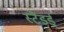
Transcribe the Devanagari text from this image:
स्टैंडर्ड्